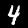
Label: 4